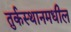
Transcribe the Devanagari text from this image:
तुर्कस्थानमधील